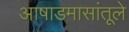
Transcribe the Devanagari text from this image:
आषाडमासांतूले